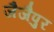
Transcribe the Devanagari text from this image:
जैजैपुर